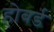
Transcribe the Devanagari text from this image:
होबर्ड